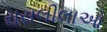
રાસલીલાઓ